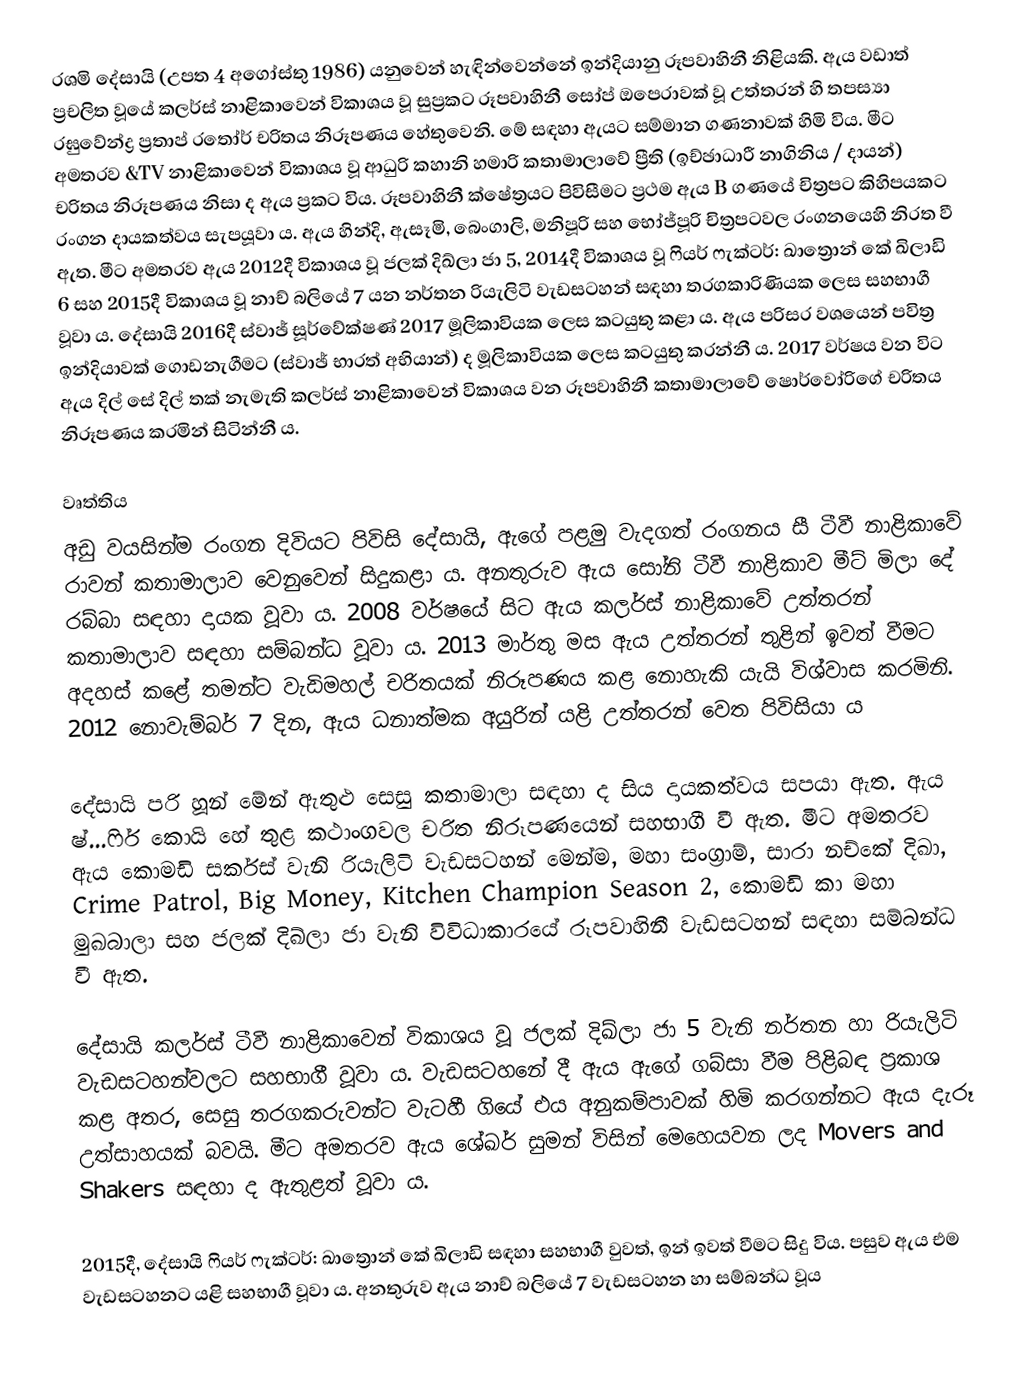
රශමි දේසායි (උපත 4 අගෝස්තු 1986) යනුවෙන් හැඳින්වෙන්නේ ඉන්දියානු රූපවාහිනී නිළියකි. ඇය වඩාත් ප්‍රචලිත වූයේ කලර්ස් නාළිකාවෙන් විකාශය වූ සුප්‍රකට රූපවාහිනී සෝප් ඔපෙරාවක් වූ උත්තරන් හි තපස්‍යා රඝුවේන්ද්‍ර ප්‍රතාප් රතෝර් චරිතය නිරූපණය හේතුවෙනි. මේ සඳහා ඇයට සම්මාන ගණනාවක් හිමි විය. මීට අමතරව &TV නාළිකාවෙන් විකාශය වූ ආධුරි කහානි හමාරි කතාමාලාවේ ප්‍රීති (ඉච්ඡාධාරී නාගිනිය / දායන්) චරිතය නිරූපණය නිසා ද ඇය ප්‍රකට විය. රූපවාහිනී ක්ෂේත්‍රයට පිවිසීමට ප්‍රථම ඇය B ගණයේ චිත්‍රපට කිහිපයකට රංගන දායකත්වය සැපයූවා ය. ඇය හින්දි, ඇසෑමි, බෙංගාලි, මනිපූරි සහ භෝජ්පූරි චිත්‍රපටවල රංගනයෙහි නිරත වී ඇත. මීට අමතරව ඇය 2012දී විකාශය වූ ජලක් දිඛ්ලා ජා 5, 2014දී විකාශය වූ ෆියර් ෆැක්ටර්: ඛාත්‍රොන් කේ ඛිලාඩි 6 සහ 2015දී විකාශය වූ නාච් බලියේ 7 යන නර්තන රියැලිටි වැඩසටහන් සඳහා තරගකාරිණියක ලෙස සහභාගී වූවා ය. දේසායි 2016දී ස්වාඡ් සූර්වේක්ෂණ් 2017 මූලිකාවියක ලෙස කටයුතු කළා ය. ඇය පරිසර වශයෙන් පවිත්‍ර ඉන්දියාවක් ගොඩනැගීමට (ස්වාඡ් භාරත් අභියාන්) ද මූලිකාවියක ලෙස කටයුතු කරන්නී ය. 2017 වර්ෂය වන විට ඇය දිල් සේ දිල් තක් නැමැති කලර්ස් නාළිකාවෙන් විකාශය වන රූපවාහිනී කතාමාලාවේ ෂොර්වෝරිගේ චරිතය නිරූපණය කරමින් සිටින්නී ය.

වෘත්තිය
අඩු වයසින්ම රංගන දිවියට පිවිසි දේසායි, ඇගේ පළමු වැදගත් රංගනය සී ටීවී නාළිකාවේ රාවන් කතාමාලාව වෙනුවෙන් සිදුකළා ය. අනතුරුව ඇය සෝනි ටීවී නාළිකාව මීට් මිලා දේ රබ්බා සඳහා දායක වූවා ය. 2008 වර්ෂයේ සිට ඇය කලර්ස් නාළිකාවේ උත්තරන් කතාමාලාව සඳහා සම්බන්ධ වූවා ය. 2013 මාර්තු මස ඇය උත්තරන් තුළින් ඉවත් වීමට අදහස් කළේ තමන්ට වැඩිමහල් චරිතයක් නිරූපණය කළ නොහැකි යැයි විශ්වාස කරමිනි. 2012 නොවැම්බර් 7 දින, ඇය ධනාත්මක අයුරින් යළි උත්තරන් වෙත පිවිසියා ය

දේසායි පරි හූන් මේන් ඇතුළු සෙසු කතාමාලා සඳහා ද සිය දායකත්වය සපයා ඇත. ඇය ෂ්...ෆිර් කොයි හේ තුළ කථාංගවල චරිත නිරූපණයෙන් සහභාගී වී ඇත. මීට අමතරව ඇය කොමඩි සර්කස් වැනි රියැලිටි වැඩසටහන් මෙන්ම, මහා සංග්‍රාම්, සාරා නච්කේ දිඛා, Crime Patrol, Big Money, Kitchen Champion Season 2, කොමඩි කා මහා මුඛබාලා සහ ජලක් දිඛ්ලා ජා වැනි විවිධාකාරයේ රූපවාහිනී වැඩසටහන් සඳහා සම්බන්ධ වී ඇත.

දේසායි කලර්ස් ටීවී නාළිකාවෙන් විකාශය වූ ජලක් දිඛ්ලා ජා 5 වැනි නර්තන හා රියැලිටි වැඩසටහන්වලට සහභාගී වූවා ය. වැඩසටහනේ දී ඇය ඇගේ ගබ්සා වීම පිළිබඳ ප්‍රකාශ කළ අතර, සෙසු තරගකරුවන්ට වැටහී ගියේ එය අනුකම්පාවක් හිමි කරගන්නට ඇය දැරූ උත්සාහයක් බවයි. මීට අමතරව ඇය ශේඛර් සුමන් විසින් මෙහෙයවන ලද Movers and Shakers සඳහා ද ඇතුළත් වූවා ය.

2015දී, දේසායි ෆියර් ෆැක්ටර්: ඛාත්‍රොන් කේ ඛිලාඩි සඳහා සහභාගී වුවත්, ඉන් ඉවත් වීමට සිදු විය. පසුව ඇය එම වැඩසටහනට යළි සහභාගී වූවා ය. අනතුරුව ඇය නාච් බලියේ 7 වැඩසටහන හා සම්බන්ධ වූය